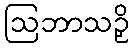
ဩဘာသဉှိ